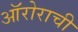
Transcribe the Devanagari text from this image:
ऑरोराची